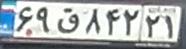
۶۹ق۸۴۲۲۱